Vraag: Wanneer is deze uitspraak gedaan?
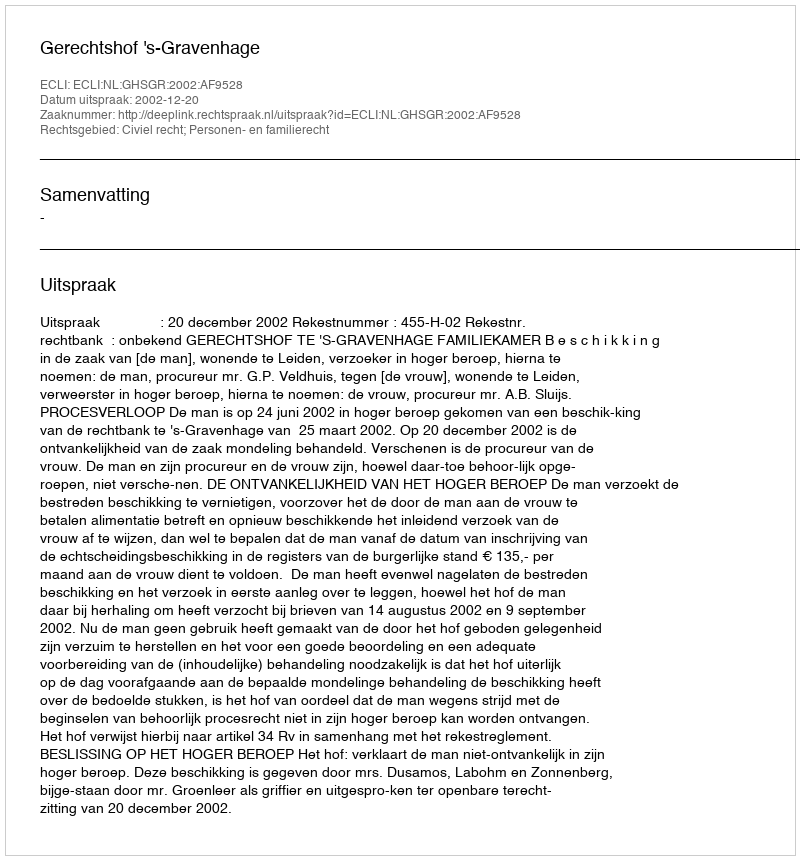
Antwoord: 2002-12-20